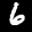
Label: 6